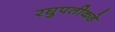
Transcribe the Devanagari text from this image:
रघुपतीकडे